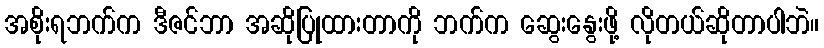
အစိုးရဘက်က ဒီဇင်ဘာ အဆိုပြုထားတာကို ဘက်က ဆွေးနွေးဖို့ လိုတယ်ဆိုတာပါဘဲ။